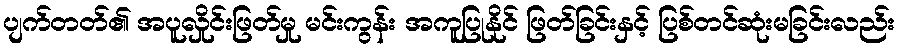
ပျက်တတ်၏ အပူလှိုင်းဖြတ်မှု မင်းကွန်း အကူပြုနိုင် ဖြတ်ခြင်းနှင့် ပြစ်တင်ဆုံးမခြင်းလည်း